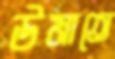
উমাতে